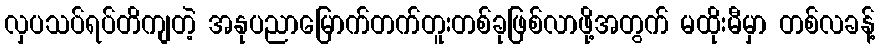
လှပသပ်ရပ်တိကျတဲ့ အနုပညာမြောက်တက်တူးတစ်ခုဖြစ်လာဖို့အတွက် မထိုးမီမှာ တစ်လခန့်